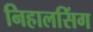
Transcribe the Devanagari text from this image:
निहालसिंग